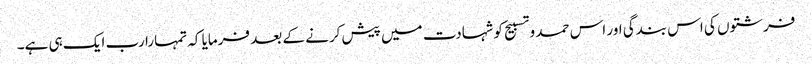
فرشتوں کی اس بندگی اور اس حمد و تسبیح کو شہادت میں پیش کرنے کے بعد فرمایا کہ تمہارا رب ایک ہی ہے۔